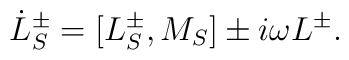
\dot{L}_S^\pm = [L_S^\pm, M_S]\pm i\omega L^\pm.